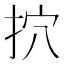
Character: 㧒